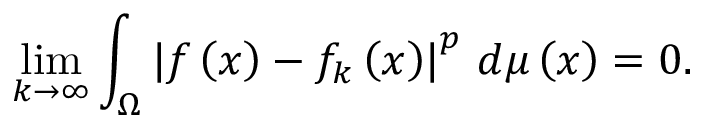
\operatorname* { l i m } _ { k \to \infty } \int _ { \Omega } \left\vert { f } \left( x \right) - { f } _ { k } \left( x \right) \right\vert ^ { p } \, { d \mu \left( x \right) } = 0 .